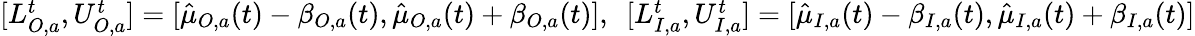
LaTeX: \begin{array}{r}{[L_{O,a}^{t},U_{O,a}^{t}]=[\hat{\mu}_{O,a}(t)-\beta_{O,a}(t),\hat{\mu}_{O,a}(t)+\beta_{O,a}(t)],\ \ [L_{I,a}^{t},U_{I,a}^{t}]=[\hat{\mu}_{I,a}(t)-\beta_{I,a}(t),\hat{\mu}_{I,a}(t)+\beta_{I,a}(t)]}\end{array}